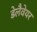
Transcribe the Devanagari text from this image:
डेलैवेयर